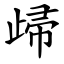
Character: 㱕